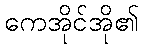
ကေအိုင်အို၏